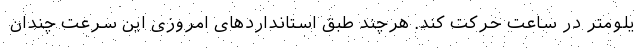
یلومتر در ساعت حرکت کند. هرچند طبق استانداردهای امروزی این سرعت چندان